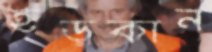
হড়কান